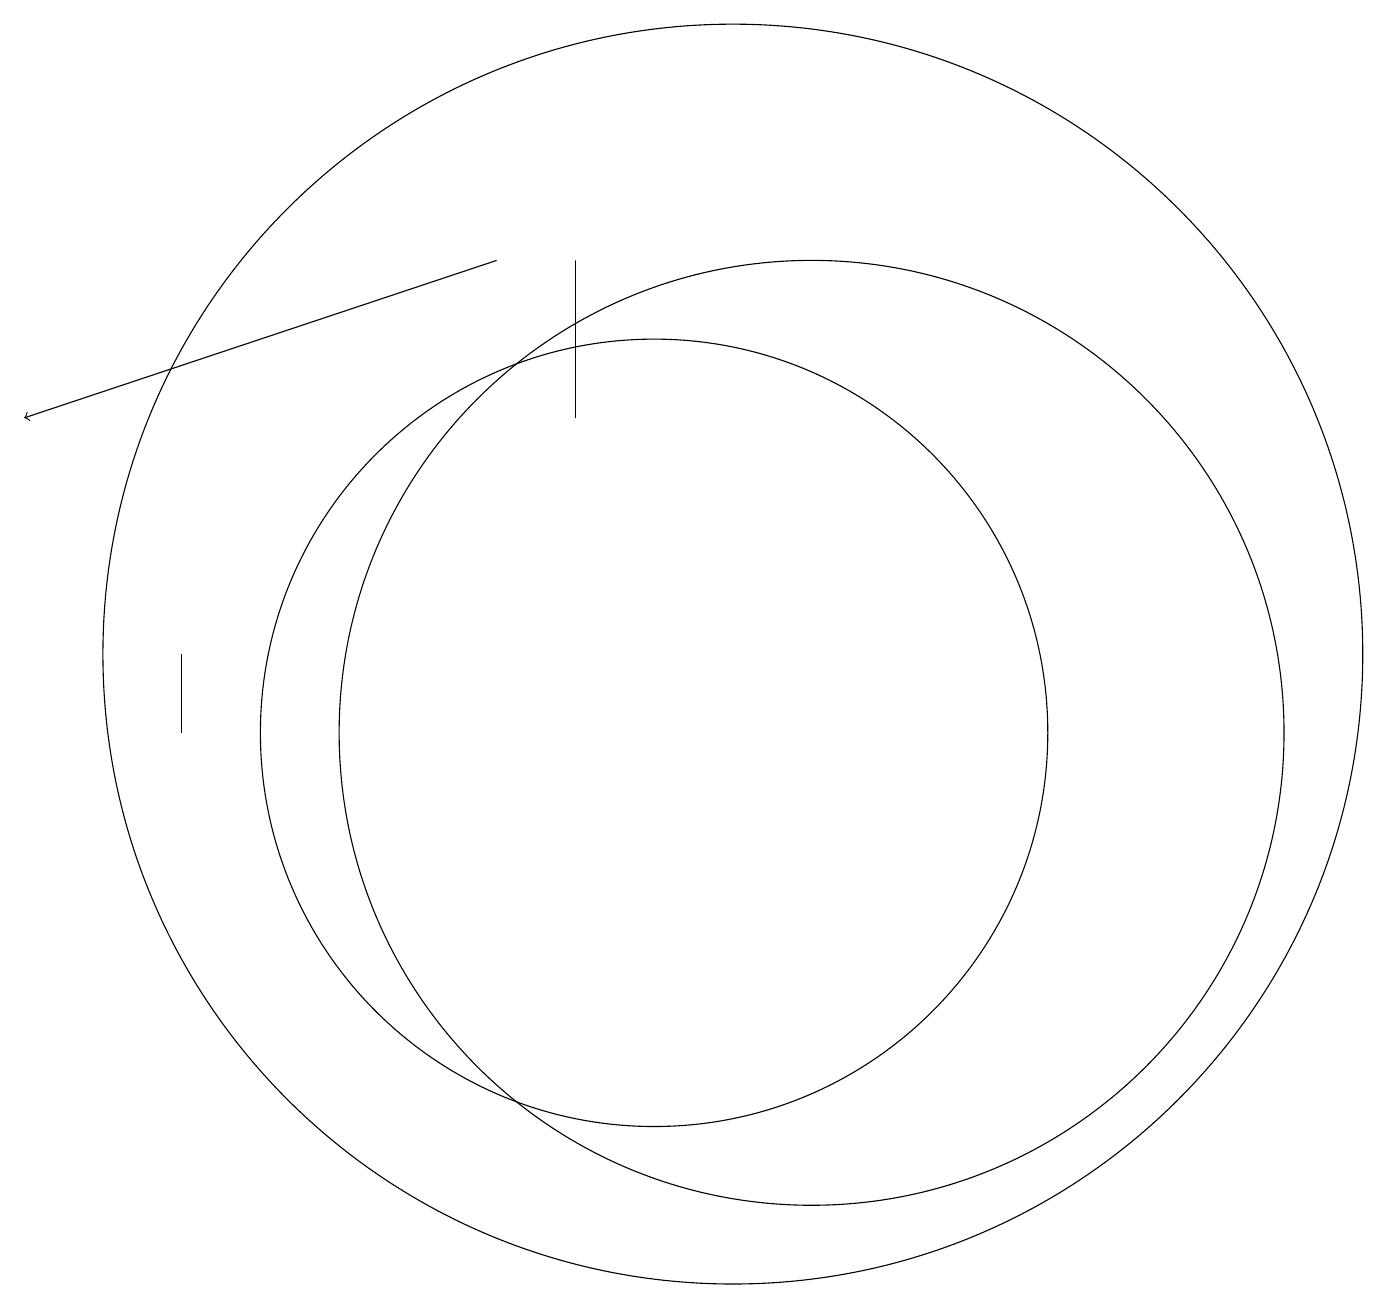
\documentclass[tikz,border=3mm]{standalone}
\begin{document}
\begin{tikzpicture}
\draw (12,11) circle (6);
\draw (11,12) circle (8);
\draw (10,12) circle (0);
\draw (9,15) rectangle (9,17);
\draw (10,11) circle (5);
\draw (4,11) rectangle (4,12);
\draw[->] (8,17) -- (2,15);
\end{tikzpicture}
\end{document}